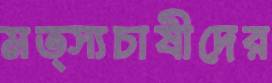
মত্স্যচাষীদের